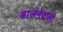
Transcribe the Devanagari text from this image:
ढालनेवाली